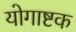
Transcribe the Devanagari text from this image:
योगाष्टक